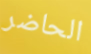
الحاضر